Civil Veterinary Dept. Bombay admin report 1893-99 - 1893-1899
Year: 1893
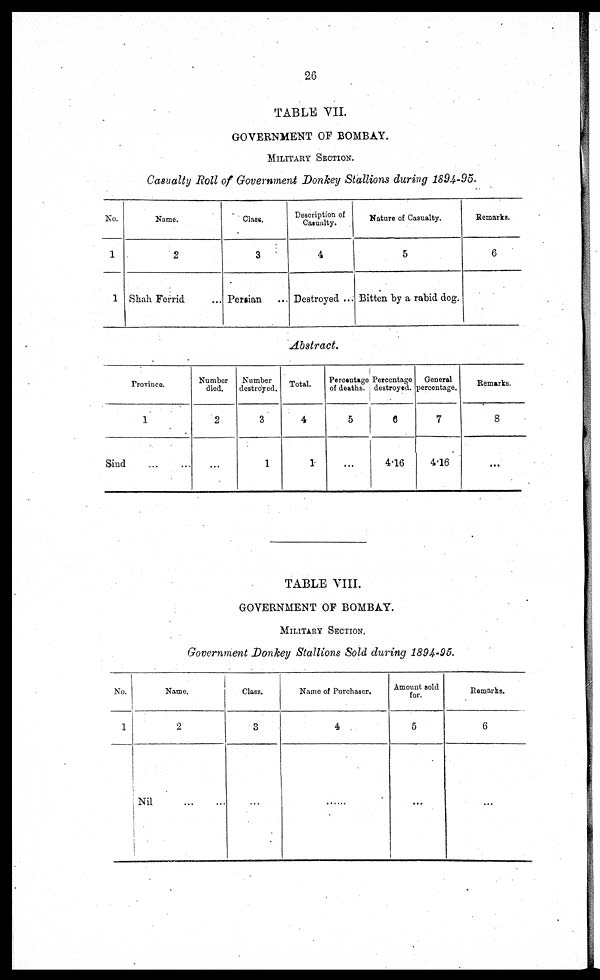
26
TABLE VII.
GOVERNMENT OF BOMBAY.
MILITARY SECTION.
Casualty Roll of Government Donkey Stallions during 1894-95.
No.
1
1
Name.
2
Shah Ferrid ...
Class.
3
Persian ...
Description of
Casualty.
4
Destroyed ...
Nature of Casualty.
5
Bitten by a rabid dog.
Remarks.
6
Abstract.
Sind
Province.
1
... ...
Number
died.
2
...
Number
destroyed.
3
1
Total.
4
1
Percentage
of deaths.
5
...
Percentage
destroyed.
6
4.16
General
percentage.
7
4.16
Remarks.
8
...
TABLE VIII.
GOVERNMENT OF BOMBAY.
MILITARY SECTION.
Government Donkey Stallions Sold during 1894-95.
No.
1
Name.
2
Nil ... ...
Class.
3
...
Name of Purchaser.
4
.......
Amount sold
for.
5
Remarks.
6